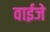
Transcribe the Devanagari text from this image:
वाईजे